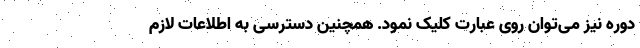
دوره نیز می‌توان روی عبارت کلیک نمود. همچنین دسترسی به اطلاعات لازم